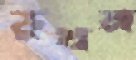
ভুষন